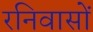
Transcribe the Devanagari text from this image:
रनिवासों